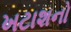
ખટાશનો